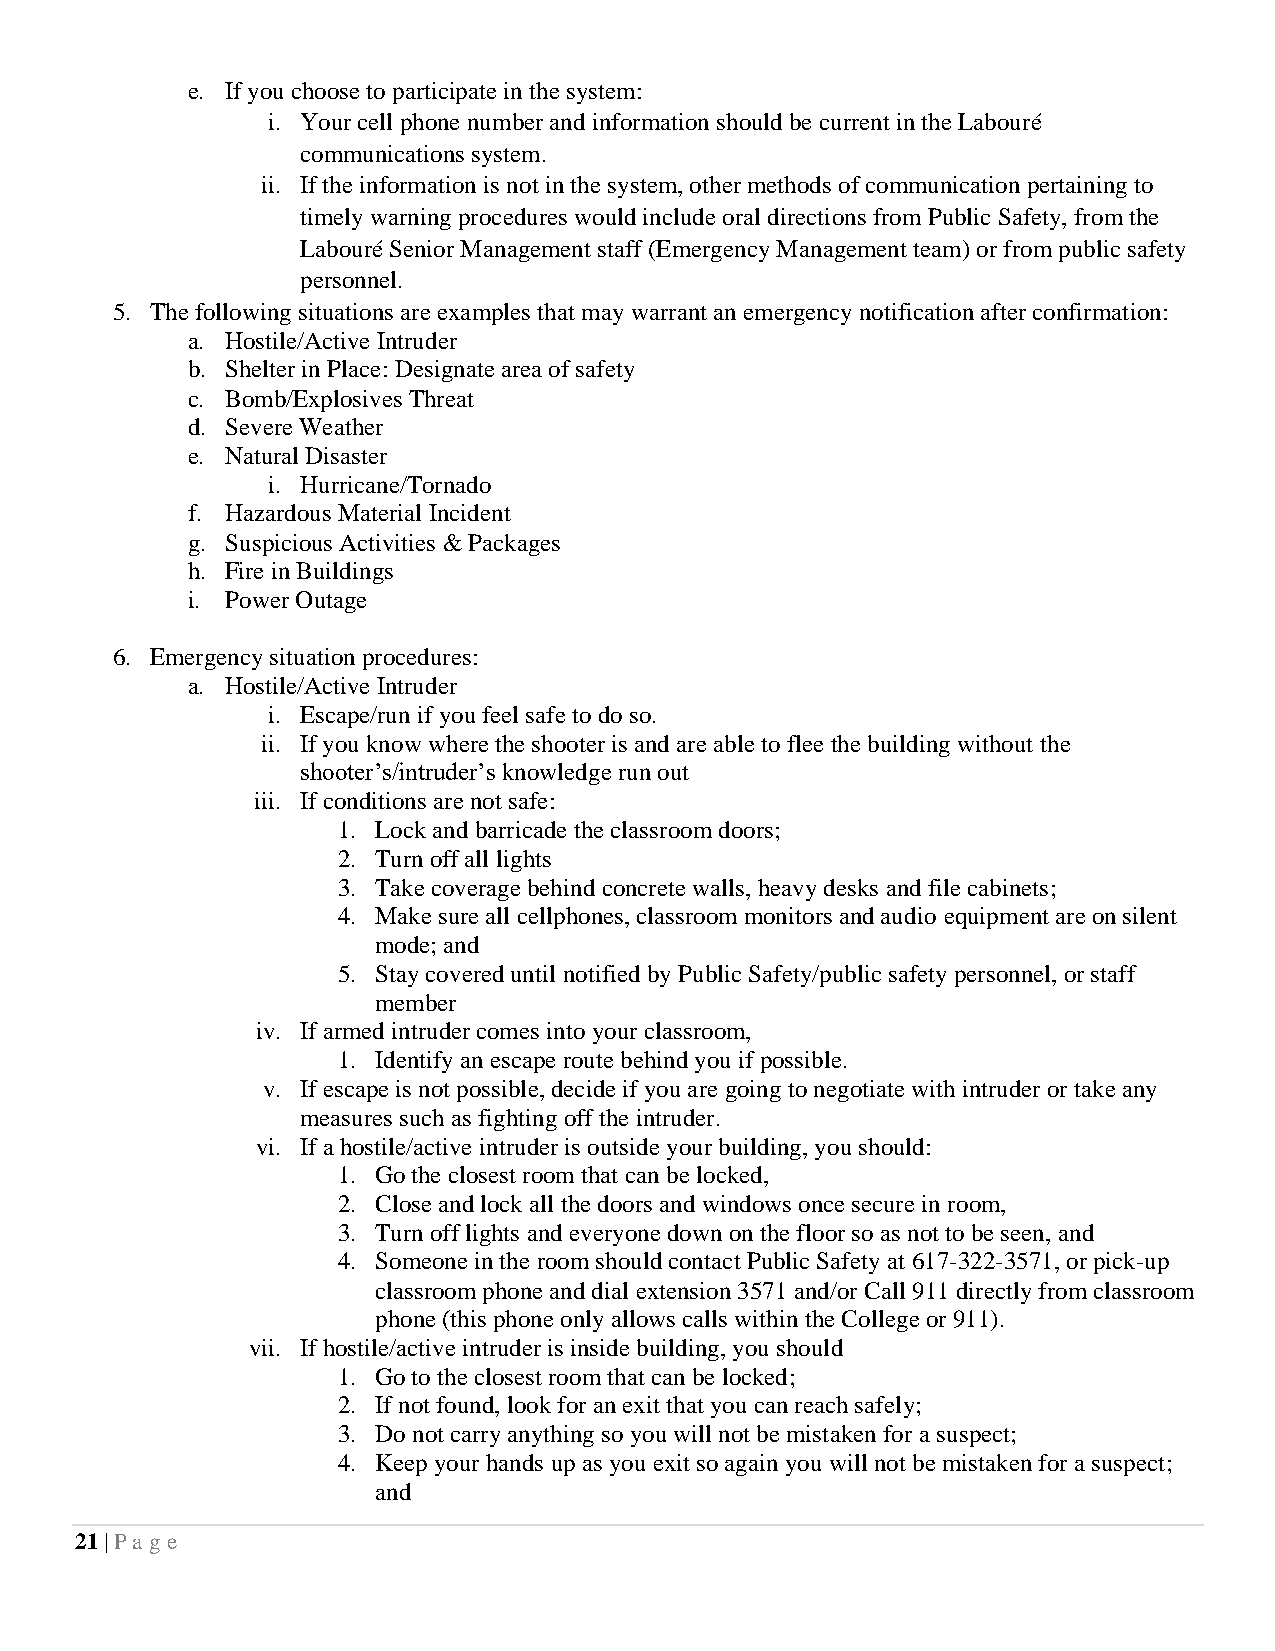
e. If you choose to participate in the system:
 i. Your cell phone number and information should be current in the Labouré
 communications system.
 ii. If the information is not in the system, other methods of communication pertaining to
 timely warning procedures would include oral directions from Public Safety, from the
 Labouré Senior Management staff (Emergency Management team) or from public safety
 personnel.
 5. The following situations are examples that may warrant an emergency notification after confirmation:
 a. Hostile/Active Intruder
 b. Shelter in Place: Designate area of safety
 c. Bomb/Explosives Threat
 d. Severe Weather
 e. Natural Disaster
 i. Hurricane/Tornado
 f. Hazardous Material Incident
 g. Suspicious Activities & Packages
 h. Fire in Buildings
 i. Power Outage
 6. Emergency situation procedures:
 a. Hostile/Active Intruder
 i. Escape/run if you feel safe to do so.
 ii. If you know where the shooter is and are able to flee the building without the
 shooter’s/intruder’s knowledge run out
 iii. If conditions are not safe:
 1. Lock and barricade the classroom doors;
 2. Turn off all lights
 3. Take coverage behind concrete walls, heavy desks and file cabinets;
 4. Make sure all cellphones, classroom monitors and audio equipment are on silent
 mode; and
 5. Stay covered until notified by Public Safety/public safety personnel, or staff
 member
 iv. If armed intruder comes into your classroom,
 1. Identify an escape route behind you if possible.
 v. If escape is not possible, decide if you are going to negotiate with intruder or take any
 measures such as fighting off the intruder.
 vi. If a hostile/active intruder is outside your building, you should:
 1. Go the closest room that can be locked,
 2. Close and lock all the doors and windows once secure in room,
 3. Turn off lights and everyone down on the floor so as not to be seen, and
 4. Someone in the room should contact Public Safety at 617-322-3571, or pick-up
 classroom phone and dial extension 3571 and/or Call 911 directly from classroom
 phone (this phone only allows calls within the College or 911).
 vii. If hostile/active intruder is inside building, you should
 1. Go to the closest room that can be locked;
 2. If not found, look for an exit that you can reach safely;
 3. Do not carry anything so you will not be mistaken for a suspect;
 4. Keep your hands up as you exit so again you will not be mistaken for a suspect;
 and
 21 | Pa ge